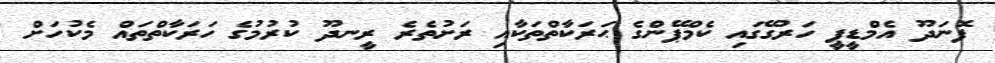
ފޮނަދޫ އެމްޑީޕީ ހަރުގޭގައި ކެމްޕޭންގެ ޙަރަކާތްތަކާއި ރަށުތެރެ ރީނދޫ ކުރުމުގެ ހަރަކާތްތައް މެކުހަށް